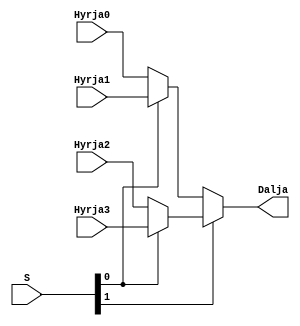
`timescale 1ns / 1ps
//////////////////////////////////////////////////////////////////////////////////
// Company: 
// Engineer: 
// 
// Design Name: 
// Module Name: mux4ne1
// Project Name: 
// Target Devices: 
// Tool Versions: 
// Description: 
// 
// Dependencies: 
// 
// Revision:
// Revision 0.01 - File Created
// Additional Comments:
// 
//////////////////////////////////////////////////////////////////////////////////


module mux4ne1(
    input Hyrja0,
    input Hyrja1,
    input Hyrja2,
    input Hyrja3,
    input [1:0] S,
    output Dalja
    );
    
    //S 00 H0
    //S 01 H1
    //S 10 H2
    //S 11 H3
    assign Dalja = S[1] ? (S[0] ? Hyrja3 : Hyrja2) : (S[0] ? Hyrja1 : Hyrja0);   
endmodule